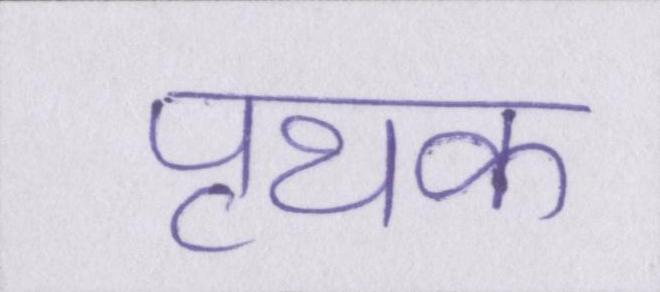
पृथक